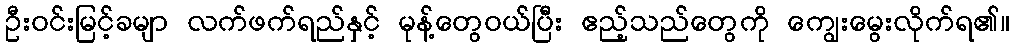
ဦးဝင်းမြင့်ခမျာ လက်ဖက်ရည်နှင့် မုန့်တွေဝယ်ပြီး ဧည့်သည်တွေကို ကျွေးမွေးလိုက်ရ၏။